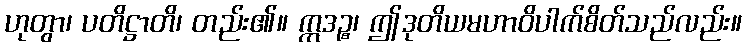
ဟုတွာ၊ ပတိဋ္ဌာတိ၊ တည်း၏။ ဣဒဉ္စ၊ ဤဒုတိယမဟာဝိပါက်စိတ်သည်လည်း။